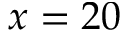
x = 2 0